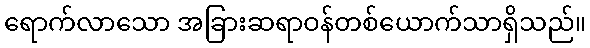
ရောက်လာသော အခြားဆရာဝန်တစ်ယောက်သာရှိသည်။